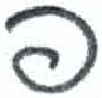
אות: פ